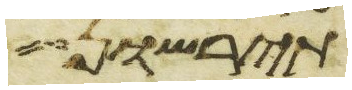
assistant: תירשון